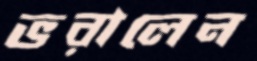
ভরালেন